system: You are a helpful assistant.
user:
Analyze the provided spectrum to determine if it is a **White Dwarf (WD)**.

A White Dwarf spectrum is defined by its **extreme purity** (due to gravitational settling) and/or **extreme pressure broadening** (due to high surface gravity). You must check for one of the following mutually exclusive signatures:

- **Key Visual Indicators (Check for ONE of these types):**

    - **1. DA-Type Signature (Most Common):**
        - **(Primary Feature):** Extreme pressure broadening (Stark broadening) of the **Hydrogen (H) Balmer lines**.
        - **(Key Lines):** $H\beta$ (approx. $4861$ Å) and $H\gamma$ (approx. $4340$ Å). $H\alpha$ (approx. $6563$ Å) will also be present if the wavelength range covers it.
        - **(Line Profile):** This is the **defining feature**. The lines are **NOT** sharp. They appear as massive, **extremely broad and deep "troughs" or "dips"** in the spectrum, often hundreds of Ångströms wide. The continuum will appear to "scoop" down at these wavelengths.
        - **(Distinction):** Normal A-type or B-type stars have *narrow* and *sharp* Hydrogen lines. A DA White Dwarf's lines are unmistakably "smeared" or "blurry" from pressure.

    - **2. DB-Type Signature:**
        - **(Primary Feature):** Broad absorption lines from **Neutral Helium (He I)**. The spectrum must lack any visible Hydrogen lines.
        - **(Key Lines):** Look for broad absorption near $4471$ Å, $4921$ Å, and $5876$ Å.
        - **(Line Profile):** These lines are also significantly pressure-broadened, appearing much wider than they would in a normal B-type main-sequence star.

    - **3. DC-Type Signature:**
        - **(Primary Feature):** A **featureless continuous spectrum**.
        - **(Line Profile):** The spectrum is a smooth curve with **no significant absorption or emission lines**.
        - **(Key Confirmation):** The continuum is almost always **blue or white**, indicating a hot object. This signature implies the atmosphere is so pure (or so cool) that no spectral lines are visible in the optical range. Its WD identity is confirmed by its extremely low intrinsic brightness (high absolute magnitude).

    - **4. DZ-Type Signature (Metal-Polluted):**
        - **(Primary Feature):** **Isolated, narrow metal absorption lines** on an otherwise featureless (DC-like) continuum.
        - **(Key Lines):** The **Calcium (Ca II) H & K doublet** (approx. **$3934$ Å** and **$3968$ Å**) is the most common and defining feature.
        - **(Line Profile):** These lines are "out of place." They are *not* part of a "forest" of thousands of lines. This signature is evidence of recent *accretion* (pollution) from rocky debris.
        - **(Distinction):** Normal G/K/M stars have a *dense forest* of thousands of metal lines. A DZ has a *clean* continuum with *only a few* strong metal lines.

    - **5. DQ-Type Signature (Carbon-Polluted):**
        - **(Primary Feature):** Absorption bands from **Carbon (C₂ "Swan Bands" or atomic C I)**.
        - **(Key Lines - C₂):** Look for bandheads with a "saw-tooth" shape near $5635$ Å, **$5165$ Å** (strongest), and $4737$ Å.
        - **(Key Confirmation):** The underlying **continuum must be blue or white** (hot).
        - **(Distinction):** This is the critical difference from a **Carbon Star**, which has the *exact same* C₂ bands but on an extremely **red, cool** continuum.

- **(Overall Spectrum):**
    - The continuum (overall shape) is typically **blue-sloping** (brighter in the blue than the red), as most white dwarfs are very hot.
    - The spectrum will look "pure" or "simple," dominated by only *one* of the five signatures listed above.

Think first, call **spectral_visualization_tool** if needed to examine features in detail, then provide your final answer. Your response must adhere to the following strict rules:
1.  **Overall Structure:** Your response must follow the format `<think>...</think> <tool_call>...</tool_call> (if a tool is used) <answer>...</answer>`.
2.  **Tool Usage Constraint:** You may only make **one** tool call per turn.
3.  **Final Answer Format:** In the `<answer>` tag, your conclusion must be inside a `\boxed{}` command (e.g., `\boxed{YES}` or `\boxed{NO}`), followed by your justification.

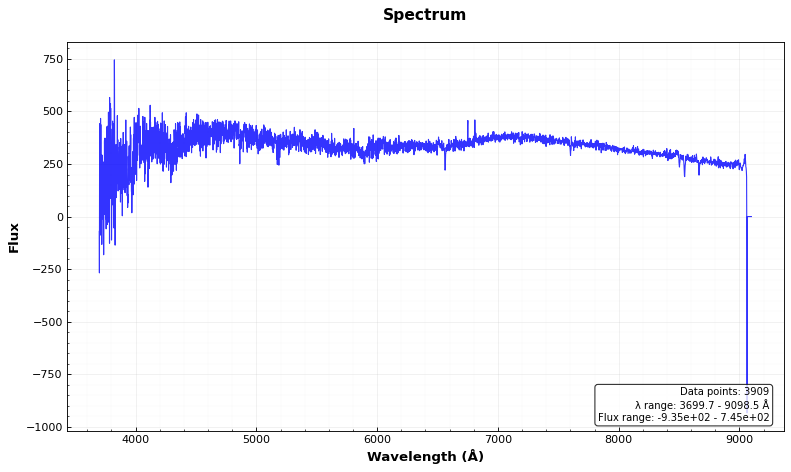
Answer: NO